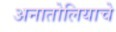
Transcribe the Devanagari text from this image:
अनातोलियाचे